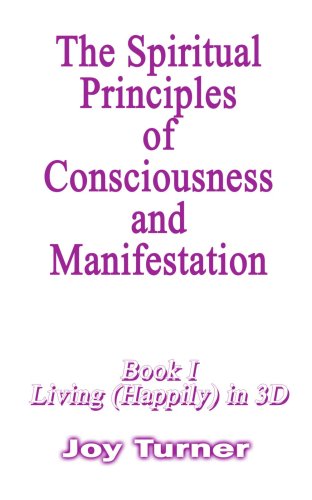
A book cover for The Spiritual Principles of Consciousness & Manifestation; Joy Turner; Self-Help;